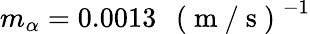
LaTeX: m_{\alpha}=0.0013\: \: \mathrm{~(~m~/~s~)~}^{-1}